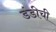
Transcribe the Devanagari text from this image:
डंडीची